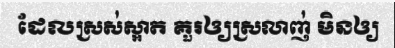
ដែលស្រស់ស្អាត គួរឲ្យស្រលាញ់ មិនឲ្យ